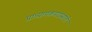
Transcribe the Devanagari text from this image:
प्राध्यापकपदासाठी